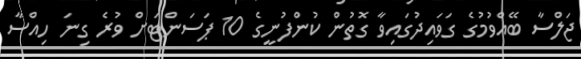
ޖަލްސާ ބޭއްވުމުގެ ގަވައިދުގައިވާ ގޮތުން ކުންފުނީގެ 10 ޕަސަންޓަށް ވުރެ ގިނަ ހިއްސާ